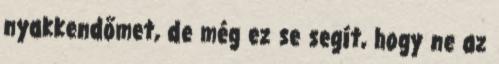
nyakkendőmet, de még ez se segít, hogy ne az